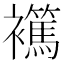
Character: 𧞶